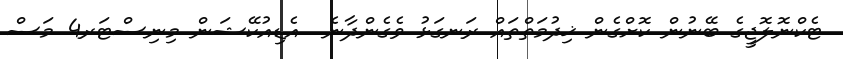
ޓެކްނޮލޮޖީގެ ބޭނުން ކޮށްގެން ޚިދުމަތްތައް ރަނގަޅު ވެގެންދާނެ  އެޑިއުކޭޝަން މިނިސްޓަރ4 މަސް